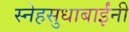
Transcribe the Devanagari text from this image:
स्नेहसुधाबाईंनी